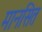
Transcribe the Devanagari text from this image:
मानसित